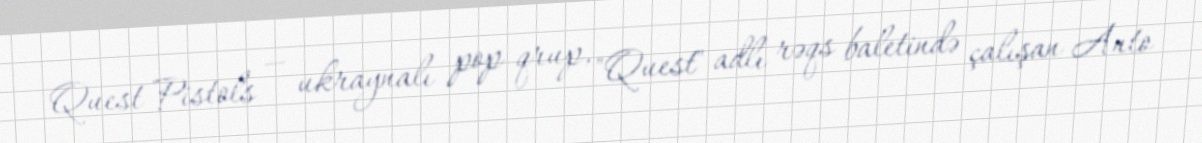
Quest Pistols — ukraynalı pop qrup, "Quest" adlı rəqs baletində çalışan Anto